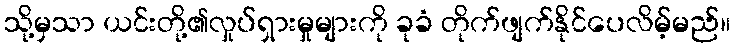
သို့မှသာ ယင်းတို့၏လှုပ်ရှားမှုများကို ခုခံ တိုက်ဖျက်နိုင်ပေလိမ့်မည်။